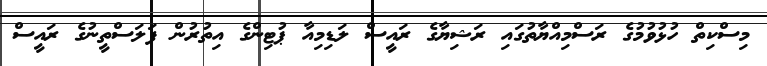
މިސްކިތް ހުޅުވުމުގެ ރަސްމިއްޔާތުގައި ރަޝިޔާގެ ރައީސް ލަޑިމިއާ ޕުޓިންގެ އިތުރުން ފަލަސްތީނުގެ ރައީސް